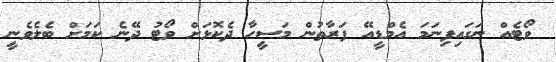
ވޯޓެއް ނަގައިފިނަމަ އެމްޑީއޭ ފަރާތުން މަސީހާ ދެކޮޅަށް ވޯޓު ދޭނެ ކަމަށް ބެލެވެނީ